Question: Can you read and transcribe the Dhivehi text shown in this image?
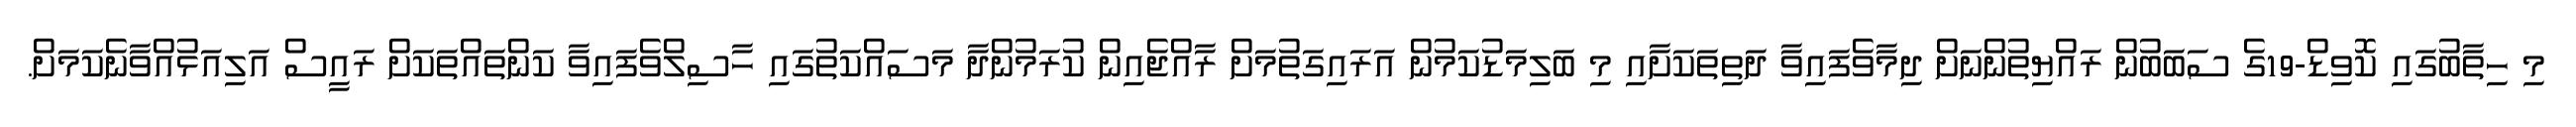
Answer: މި ހިތާބުގައި ކޮވިޑް-19ގެ ސަބަބުން ރައްޔިތުންނަށް ދިމާވެފައިވާ ދަތިތަކަށާއި މި ބަލިމަޑުކަމުން އަރައިގަތުމަށް ރާއްޖެއިން ކުރަމުންދާ މަސައްކަތުގައި ހާސިލްވެފައިވާ ކަންތައްތަކަށް ރައީސް އަލިއަޅުއްވާނެކަމަށް.